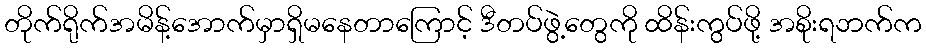
တိုက်ရိုက်အမိန့်အောက်မှာရှိမနေတာကြောင့် ဒီတပ်ဖွဲ့တွေကို ထိန်းကွပ်ဖို့ အစိုးရဘက်က